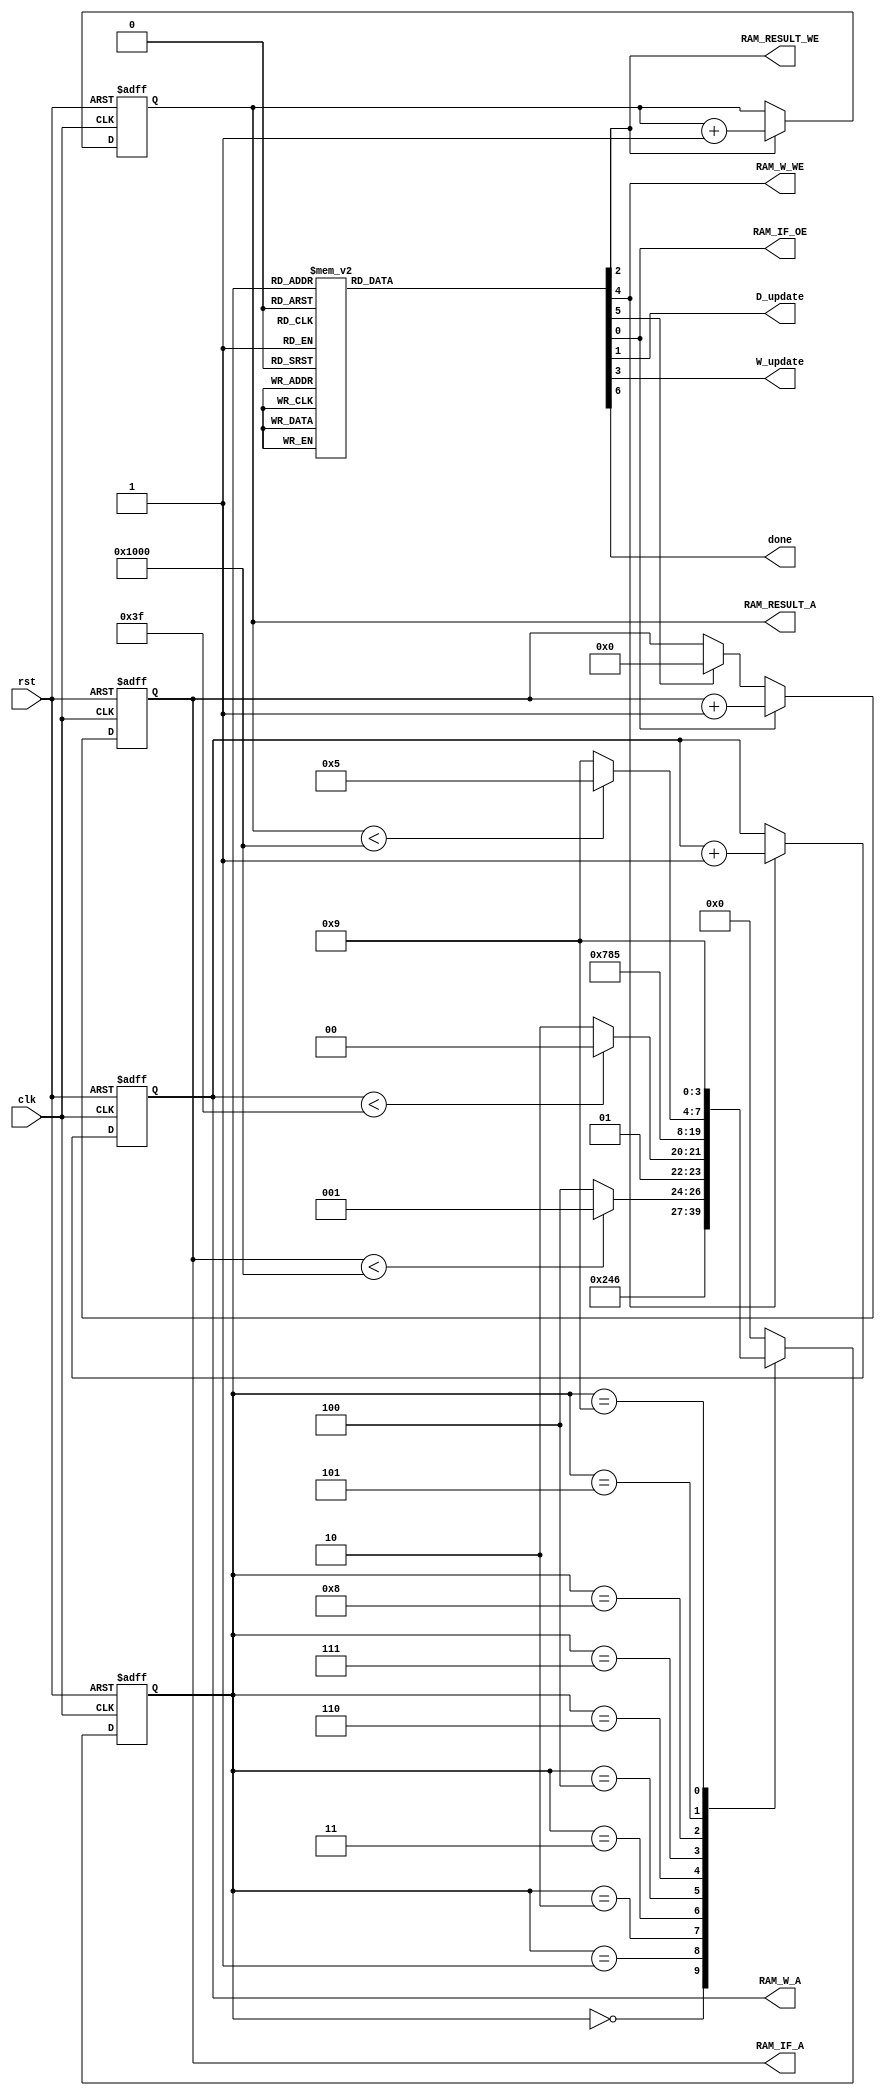
/////////////////////////////////////////////////////////////////////
// ---------------------- IVCAD 2022 Spring ---------------------- //
// ---------------------- Version : v.1.10  ---------------------- //
// ---------------------- Date : 2022.04.13 ---------------------- //
// --------------------- Controller module ------------------------//
// ----------------- Feb. 2022 Willie authored --------------------//
/////////////////////////////////////////////////////////////////////

module Controller(clk, rst, D_update, W_update, RAM_IF_A, RAM_IF_OE, RAM_W_A, RAM_W_WE, RAM_RESULT_A, RAM_RESULT_WE, done);

// ---------------------- input  ---------------------- //
	input clk;
	input rst;

// ---------------------- output  ---------------------- //	
	output reg D_update;
	output reg W_update;
	output reg [17:0] RAM_IF_A;
	output reg RAM_IF_OE;
	output reg [17:0] RAM_W_A;
	output reg RAM_W_WE;
	output reg [17:0] RAM_RESULT_A;
	output reg RAM_RESULT_WE;
	output reg done;
	
// ---------------------- Write down Your design below  ---------------------- //
reg [3:0] st,st_ns;

parameter [3:0] INI=4'd0,READ=4'd1,SEL=4'd2,UPDATE=4'd3,W_WEIGHT=4'd4,W_PIC=4'd5,delay1=4'd6,delay2=4'd7,delay3=4'd8,DONE=4'd9;
reg reset_RAM_IF_A;

always@(posedge clk or posedge rst)begin
   if(rst)begin
      RAM_IF_A<=18'd0;
   end
   else begin
        if(RAM_IF_OE)begin
           RAM_IF_A<=RAM_IF_A+18'd1;
        end
        else if(reset_RAM_IF_A)begin
           RAM_IF_A<=18'd0;
        end
        else begin
           
        end
   end
end
always@(posedge clk or posedge rst)begin
   if(rst)begin
      RAM_W_A<=18'd0;
   end
   else begin
        if(RAM_W_WE)begin
           RAM_W_A<=RAM_W_A+18'd1;
        end
        else begin
        
        end
   end
end

always@(posedge clk or posedge rst)begin
   if(rst)begin
      RAM_RESULT_A<=18'd0;
   end
   else begin
        if(RAM_RESULT_WE)begin
           RAM_RESULT_A<=RAM_RESULT_A+18'd1;
        end
        else begin
        
        end
   end
end



always@(posedge clk or posedge rst)begin
      if(rst)begin
      st<=INI;
   end
   else begin
      st<=st_ns;
   end
end

always@(*)begin
   case(st)
        INI:begin
           st_ns=READ;
        end
        READ:begin
           st_ns=SEL;
        end
        SEL:begin
           st_ns=UPDATE;
        end  
        UPDATE:begin
           if(RAM_IF_A<18'd4096)begin
              st_ns=READ;
           end
           else begin
              st_ns=W_WEIGHT;
           end
        end
        W_WEIGHT:begin  
            if(RAM_W_A<18'd63)begin   
               st_ns=W_WEIGHT;  
            end
            else begin
               st_ns=delay1;   
            end
        end
        delay1:begin
            st_ns=delay2;   
        end
        delay2:begin
            st_ns=delay3;   
        end
        delay3:begin
            st_ns=W_PIC;   
        end
        W_PIC:begin
           if(RAM_RESULT_A<18'd4096)begin
              st_ns=W_PIC;
           end
           else begin
              st_ns=DONE;   
           end 
        end 
        DONE:begin
           st_ns=DONE;   
        end
        default:begin
           st_ns=INI;
        end
   endcase
end

always@(*)begin
   case(st)
        INI:begin
           RAM_IF_OE=1'b0;
           D_update =1'b0;
           RAM_RESULT_WE=1'b0;
           W_update =1'b0;
           RAM_W_WE=1'b0;
           reset_RAM_IF_A=1'b0;
           done=1'b0;
        end
        READ:begin
           RAM_IF_OE=1'b1;
           D_update =1'b1;
           RAM_RESULT_WE=1'b0; 
           W_update =1'b0;
           RAM_W_WE=1'b0;   
           reset_RAM_IF_A=1'b0;
           done=1'b0;      
        end
        SEL:begin
           RAM_IF_OE=1'b0;
           D_update =1'b0;
           RAM_RESULT_WE=1'b0;
           W_update =1'b0;
           RAM_W_WE=1'b0; 
           reset_RAM_IF_A=1'b0;
           done=1'b0;
        end  
        UPDATE:begin
           RAM_IF_OE=1'b0;
           D_update =1'b0;
           RAM_RESULT_WE=1'b0;
           W_update =1'b1;
           RAM_W_WE=1'b0; 
           reset_RAM_IF_A=1'b0;
           done=1'b0;
        end
        W_WEIGHT:begin
           RAM_IF_OE=1'b0;
           D_update =1'b0;
           RAM_RESULT_WE=1'b0;
           W_update =1'b0;
           RAM_W_WE=1'b1; 
           reset_RAM_IF_A=1'b1;
           done=1'b0;
        end
        delay1:begin
           RAM_IF_OE=1'b1;
           D_update =1'b1;
           RAM_RESULT_WE=1'b0;
           W_update =1'b0;
           RAM_W_WE=1'b0; 
           reset_RAM_IF_A=1'b0;
           done=1'b0;          
        end
        delay2:begin
           RAM_IF_OE=1'b1;
           D_update =1'b1;
           RAM_RESULT_WE=1'b0;
           W_update =1'b0;
           RAM_W_WE=1'b0; 
           reset_RAM_IF_A=1'b0;
           done=1'b0;          
        end
        delay3:begin
           RAM_IF_OE=1'b1;
           D_update =1'b1;
           RAM_RESULT_WE=1'b0;
           W_update =1'b0;
           RAM_W_WE=1'b0; 
           reset_RAM_IF_A=1'b0;
           done=1'b0;          
        end
        W_PIC:begin
           RAM_IF_OE=1'b1;
           D_update =1'b1;
           RAM_RESULT_WE=1'b1;
           W_update =1'b0;
           RAM_W_WE=1'b0; 
           reset_RAM_IF_A=1'b0;
           done=1'b0;
        end 
        DONE:begin
           RAM_IF_OE=1'b0;
           D_update =1'b0;
           RAM_RESULT_WE=1'b0;
           W_update =1'b0;
           RAM_W_WE=1'b0; 
           reset_RAM_IF_A=1'b0;
           done=1'b1;
        end
        default:begin
           RAM_IF_OE=1'b0;
           D_update =1'b0;
           RAM_RESULT_WE=1'b0;
           W_update =1'b0;
           RAM_W_WE=1'b0; 
           reset_RAM_IF_A=1'b0;
           done=1'b0;
        end
   endcase
end
endmodule